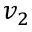
v _ { 2 }